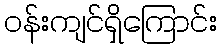
ဝန်းကျင်ရှိကြောင်း